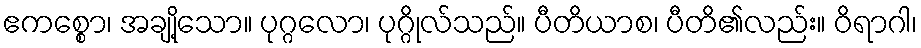
ဧကစ္စော၊ အချို့သော။ ပုဂ္ဂလော၊ ပုဂ္ဂိုလ်သည်။ ပီတိယာစ၊ ပီတိ၏လည်း။ ဝိရာဂါ၊